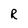
Character: R